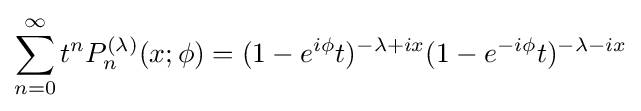
\sum _{n=0}^{\infty }t^{n}P_{n}^{(\lambda )}(x;\phi )=(1-e^{i\phi }t)^{-\lambda +ix}(1-e^{-i\phi }t)^{-\lambda -ix}